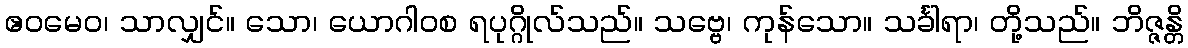
ဧဝမေဝ၊ သာလျှင်။ သော၊ ယောဂါဝစ ရပုဂ္ဂိုလ်သည်။ သဗ္ဗေ၊ ကုန်သော။ သင်္ခါရာ၊ တို့သည်။ ဘိဇ္ဇန္တိ